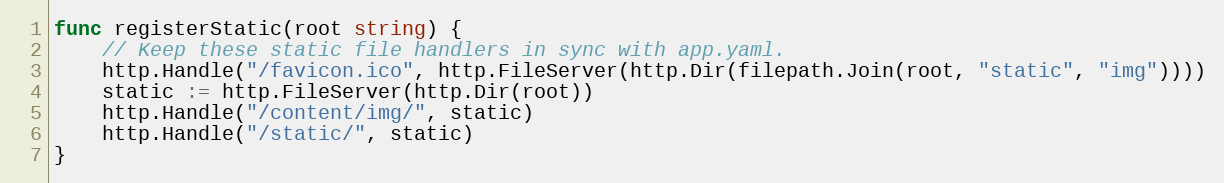
Language: Go
func registerStatic(root string) {
	// Keep these static file handlers in sync with app.yaml.
	http.Handle("/favicon.ico", http.FileServer(http.Dir(filepath.Join(root, "static", "img"))))
	static := http.FileServer(http.Dir(root))
	http.Handle("/content/img/", static)
	http.Handle("/static/", static)
}